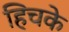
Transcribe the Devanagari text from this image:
हिचके